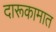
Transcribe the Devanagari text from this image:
दारूकामात